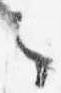
之